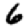
Digit: 6